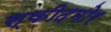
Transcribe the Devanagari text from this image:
स्कीदमोर